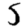
Digit: 5